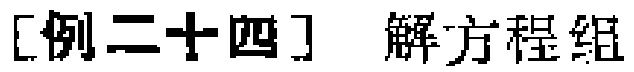
[例二十四] 解方程组